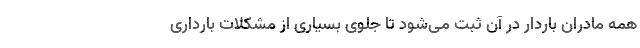
همه مادران باردار در آن ثبت می‌شود تا جلوی بسیاری از مشکلات بارداری